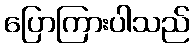
ပြောကြားပါသည်